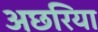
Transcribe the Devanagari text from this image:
अछरिया